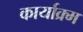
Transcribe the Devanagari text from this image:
कार्याक्र्म